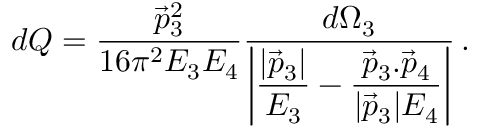
d Q = \frac { { \vec { p } _ { 3 } } ^ { 2 } } { 1 6 \pi ^ { 2 } E _ { 3 } E _ { 4 } } { \frac { d \Omega _ { 3 } } { \displaystyle { \left| \frac { | \vec { p } _ { 3 } | } { E _ { 3 } } - \frac { { \vec { p } _ { 3 } } . { \vec { p } _ { 4 } } } { | \vec { p } _ { 3 } | E _ { 4 } } \right| } } } \, .